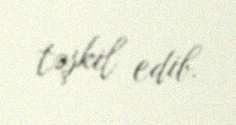
təşkil edib.